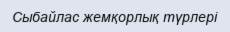
Сыбайлас жемқорлық түрлері